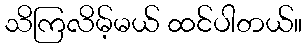
သိကြလိမ့်မယ် ထင်ပါတယ်။